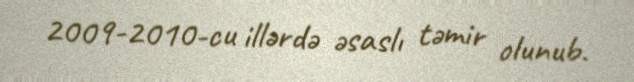
2009-2010-cu illərdə əsaslı təmir olunub.